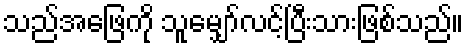
သည်အဖြေကို သူမျှော်လင့်ပြီးသားဖြစ်သည်။